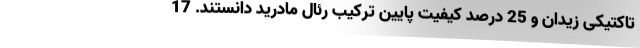
تاکتیکی زیدان و 25 درصد کیفیت پایین ترکیب رئال مادرید دانستند. 17